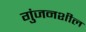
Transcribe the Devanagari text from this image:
गुंजनशील